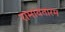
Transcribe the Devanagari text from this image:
रामावतारम